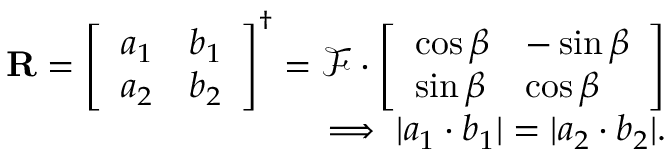
\begin{array} { r } { \mathbf { R } = \left[ \begin{array} { l l } { a _ { 1 } } & { b _ { 1 } } \\ { a _ { 2 } } & { b _ { 2 } } \end{array} \right] ^ { \dagger } = \mathcal { F } \cdot \left[ \begin{array} { l l } { \cos \beta } & { - \sin \beta } \\ { \sin \beta } & { \cos \beta } \end{array} \right] } \\ { \implies \lvert a _ { 1 } \cdot b _ { 1 } \rvert = \lvert a _ { 2 } \cdot b _ { 2 } \rvert . } \end{array}